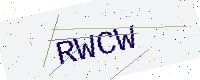
Text: RWCW